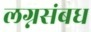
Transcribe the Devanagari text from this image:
लग्नसंबध